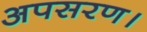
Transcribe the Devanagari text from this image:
अपसरण।